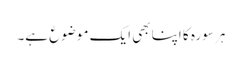
ہر سورہ کا اپنا بھی ایک موضوع ہے۔